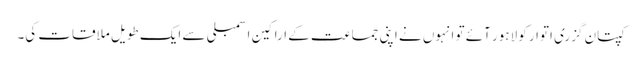
کپتان گزری اتوار کو لاہور آئے تو انہوں نے اپنی جماعت کے اراکین اسمبلی سے ایک طویل ملاقات کی۔